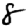
Digit: 8